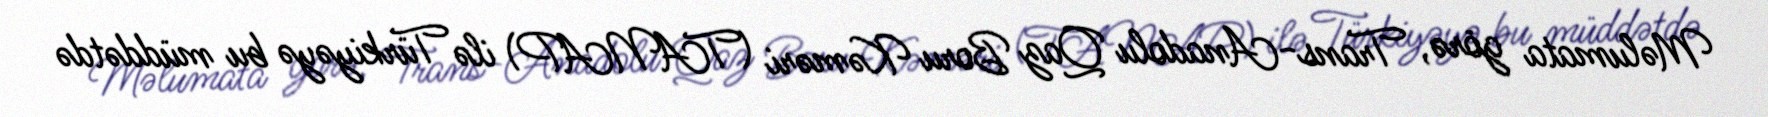
Məlumata görə, Trans-Anadolu Qaz Boru Kəməri (TANAP) ilə Türkiyəyə bu müddətdə